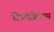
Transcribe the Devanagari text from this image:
डिस्पोजेबल्स